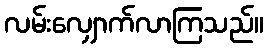
လမ်းလျှောက်လာကြသည်။